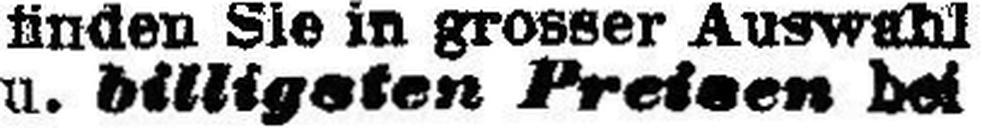
u. billigsten Preisen bei